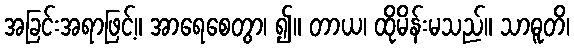
အခြင်းအရာဖြင့်။ အာရေစေတွာ၊ ၍။ တာယ၊ ထိုမိန်းမသည်။ သာဓူတိ၊